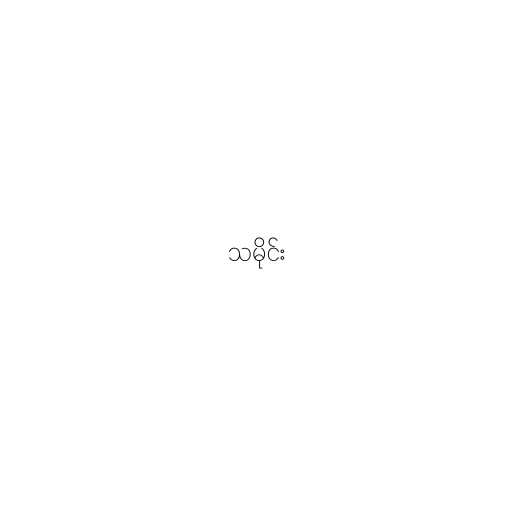
သမိုင်း